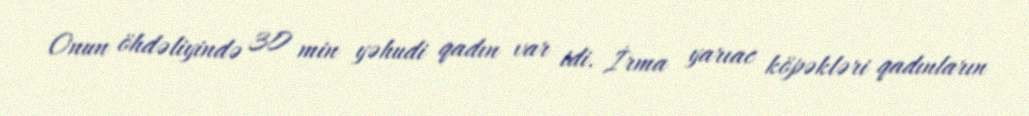
Onun öhdəliyində 30 min yəhudi qadın var idi. İrma yarıac köpəkləri qadınların